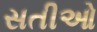
સતીઓ